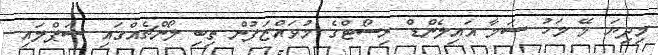
މިދިޔަ މޭ މަހު ސަމާ އައިލެންޑް ރިސޯޓްގެ މުވައްޒަފުން ތިބި ލޯންޗެއްގައި ސަޕްލައި